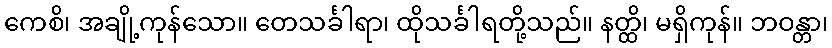
ကေစိ၊ အချို့ကုန်သော။ တေသင်္ခါရာ၊ ထိုသင်္ခါရတို့သည်။ နတ္ထိ၊ မရှိကုန်။ ဘဝန္တာ၊